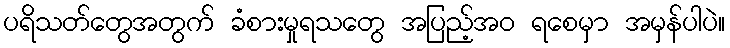
ပရိသတ်တွေအတွက် ခံစားမှုရသတွေ အပြည့်အဝ ရစေမှာ အမှန်ပါပဲ။